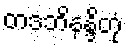
တဒဘိနန္ဒိတုံ